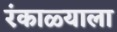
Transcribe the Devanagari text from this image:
रंकाळ्याला